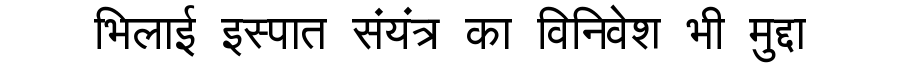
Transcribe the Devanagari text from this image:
भिलाई इस्पात संयंत्र का विनिवेश भी मुद्दा